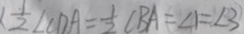
\frac { 1 } { 2 } \angle C D A = \frac { 1 } { 2 } \angle B A = \angle 1 = \angle 3